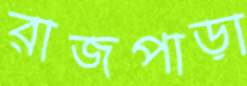
রাজপাড়া